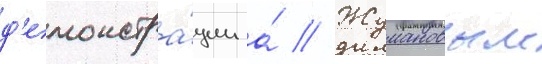
д'емонстра́ции а́ // Жумановым